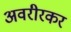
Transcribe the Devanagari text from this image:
अवरीरकर